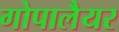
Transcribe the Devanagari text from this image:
गोपालैयर